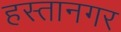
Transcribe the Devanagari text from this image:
हस्तानगर